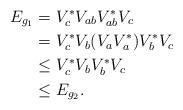
LaTeX: \begin{align*}E_{g_{1}}&=V_{c}^{*}V_{ab}V_{ab}^{*}V_{c} \\ &= V_{c}^{*}V_{b}(V_{a}V_{a}^{*})V_{b}^{*}V_{c} \\ & \leq V_{c}^{*}V_{b}V_{b}^{*}V_{c} \\ & \leq E_{g_{2}}.\end{align*}